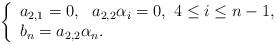
LaTeX: \begin{align*}\left\{\begin{array}{ll}a_{2,1}=0, \ \ a_{2,2}\alpha_i=0, \ 4\leq i \leq n-1, \\b_n=a_{2,2}\alpha_n.\end{array}\right.\end{align*}